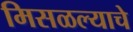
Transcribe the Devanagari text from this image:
मिसळल्याचे